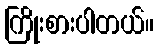
ကြိုးစားပါတယ်။